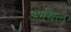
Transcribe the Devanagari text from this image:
आयिल